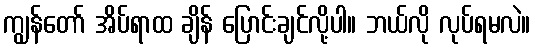
ကျွန်တော် အိပ်ရာထ ချိန် ပြောင်းချင်လို့ပါ။ ဘယ်လို လုပ်ရမလဲ။